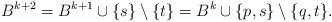
LaTeX: \begin{align*}B^{k+2} = B^{k+1} \cup \{ s \} \setminus \{ t \}= B^{k} \cup \{ p,s \} \setminus \{ q,t \}. \end{align*}